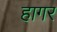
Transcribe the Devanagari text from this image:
हागर